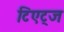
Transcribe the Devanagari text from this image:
टिएट्ज